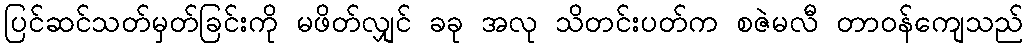
ပြင်ဆင်သတ်မှတ်ခြင်းကို မဖိတ်လျှင် ခခု အလု သိတင်းပတ်က စဇဲမလီ တာဝန်ကျေသည်